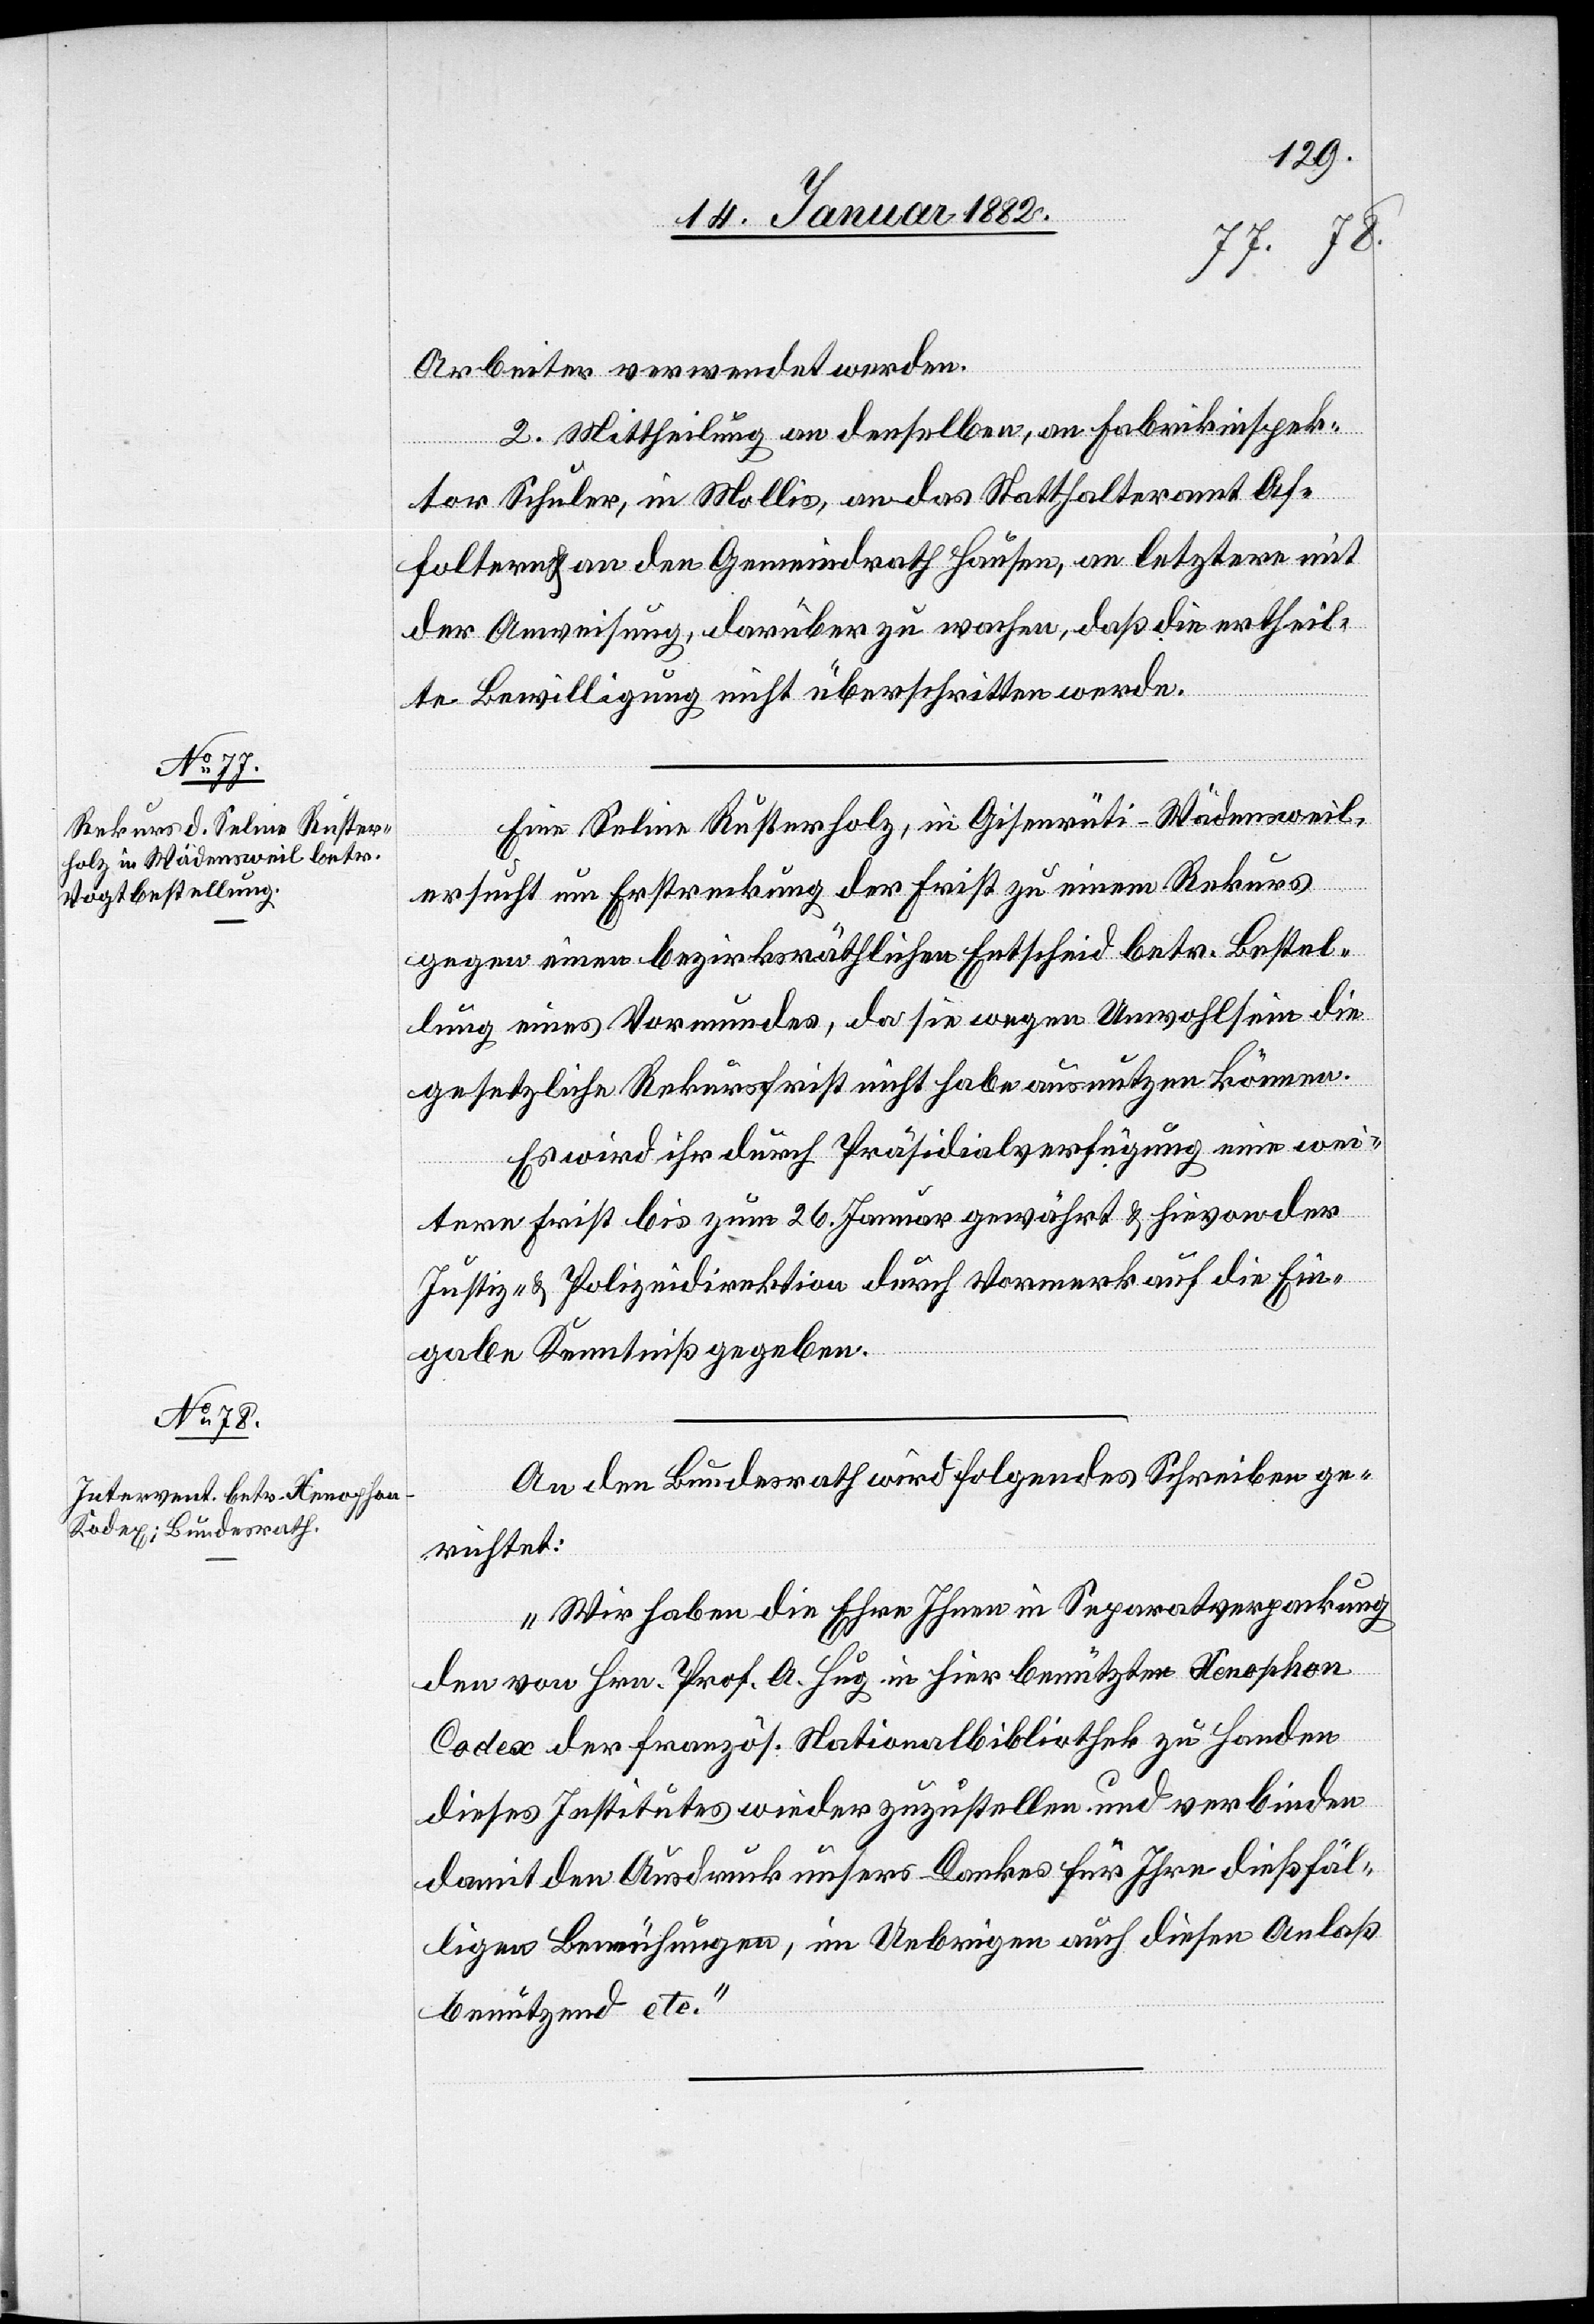
17. Januar 1882]
Arbeiter verwendet werden.
2. Mittheilung an denselben, an Fabrikinspek¬
tor Schuler, in Mollis, an das Statthalteramt Af¬
foltern & an den Gemeindrath Hausen, an letztern mit
der Anweisung, darüber zu wachen, daß die rechtlic¬
he Bewilligung nicht überschritten werde.
Eine Seline Rusterholz, in Geisenrüti - Wädenweil,
ersucht um Erstreckung der Frist zu einem Rekurs
gegen einen bezirksräthlichen Entscheid betr. Bestel¬
lung eines Vormundes, da sie wegen Unwohlsein die
gesetzliche Rekursfrist nicht habe ausnutzen können.
Es wird ihr durch Präsidialverfügung eine wei¬
tere Frist bis zum 26. Januar gewährt & hievon der
Justiz- & Polizeidirektion durch Vormerk auf die Ein¬
gabe Kenntniß gegeben.
An den Bundesrath wird folgendes Schreiben ge¬
richtet:
„Wir haben die Ehre Ihnen in Separatverpackung
den von Hrn. Prof. A. Hug in hier benützten Xenophon
Codex der französ. Nationalbibliothek zu Handen
dieses Institutes wieder zuzustellen und verbinden
damit den Ausdruck unseres Dankes für Ihre dießfäl¬
ligen Bemühungen, im Uebrigen auch diesen Anlaß
benützend etc.“